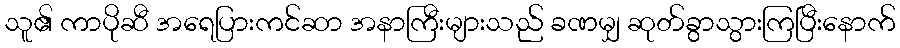
သူ၏ ကာပိုဆီ အရေပြားကင်ဆာ အနာကြီးများသည် ခဏမျှ ဆုတ်ခွာသွားကြပြီးနောက်